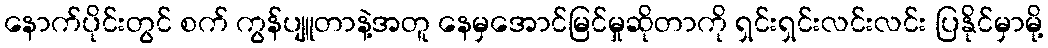
နောက်ပိုင်းတွင် စက် ကွန်ပျူတာနဲ့အတူ နေမှအောင်မြင်မှုဆိုတာကို ရှင်းရှင်းလင်းလင်း ပြနိုင်မှာမို့